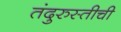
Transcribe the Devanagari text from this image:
तंदुरुस्तीची